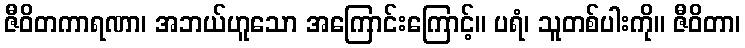
ဇီဝိတကာရဏာ၊ အဘယ်ဟူသော အကြောင်းကြောင့်။ ပရံ၊ သူတစ်ပါးကို။ ဇီဝိတာ၊